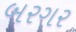
બરગર